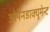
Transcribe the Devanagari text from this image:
ओपेनडाक्युमेन्ट